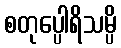
စတုပ္ပေါရိသမ္ပိ